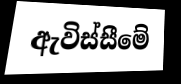
ඇවිස්සීමේ